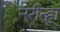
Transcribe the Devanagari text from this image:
नरोन्हा